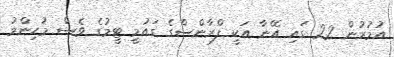
އުމުރުން 22 ގައި އޭނާ އަކީ ފްރާންސްގެ ގައުމީ ޓީމުގެ ވެސް މުހިންމު